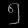
Digit: ၅